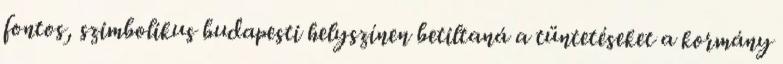
fontos, szimbolikus budapesti helyszínen betiltaná a tüntetéseket a kormány